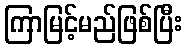
ကြာမြင့်မည်ဖြစ်ပြီး